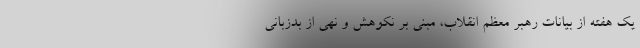
یک هفته از بیانات رهبر معظم انقلاب، مبنی بر نکوهش و نهی از بدزبانی